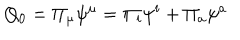
Q _ { 0 } = \Pi _ { \mu } \psi ^ { \mu } = \Pi _ { i } \psi ^ { i } + \Pi _ { a } \psi ^ { a }